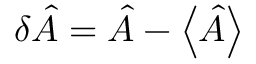
\delta { \hat { A } } = { \hat { A } } - \left\langle { \hat { A } } \right\rangle